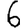
Digit: 6